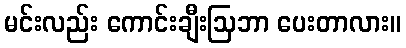
မင်းလည်း ကောင်းချီးဩဘာ ပေးတာလား။